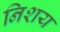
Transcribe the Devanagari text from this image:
निशय